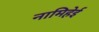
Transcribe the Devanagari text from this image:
नामिहेई